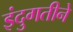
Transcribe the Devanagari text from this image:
इंदुगतीने